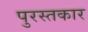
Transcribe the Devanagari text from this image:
पुरस्तकार